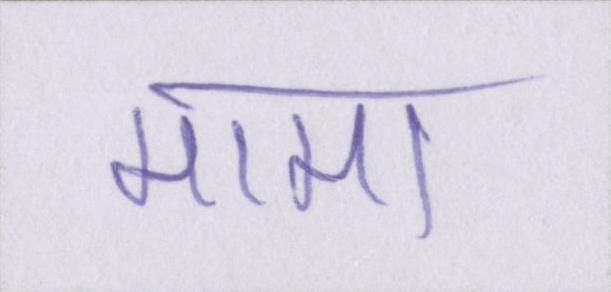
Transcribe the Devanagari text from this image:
मामा